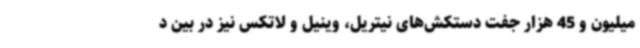
میلیون و 45 هزار جفت دستکش‌های نیتریل، وینیل و لاتکس نیز در بین د